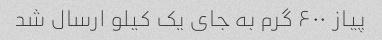
پیاز ۶۰۰ گرم به جای یک کیلو ارسال شد